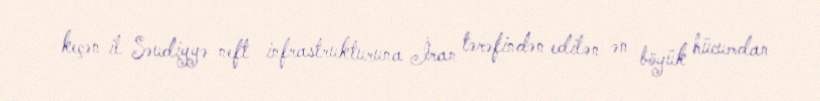
keçən il Səudiyyə neft infrastrukturuna İran tərəfindən edilən ən böyük hücumdan